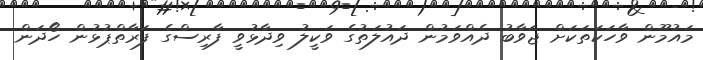
މައުމޫން ވާހަކަތަކަށް ޖަވާބު ދެއްވަމުން ދައުލަތުގެ ވަކީލު ވިދާޅުވީ ފާރިސްގެ ފަރާތްޕުޅުން ހޯދަން